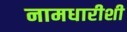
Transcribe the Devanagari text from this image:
नामधारीशी